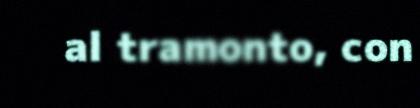
al tramonto, con